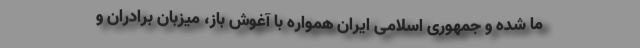
ما شده و جمهوری اسلامی ایران همواره با آغوش باز، میزبان برادران و